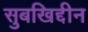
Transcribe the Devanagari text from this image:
सुबखिद्दीन